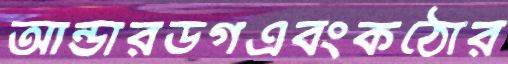
আন্ডারডগএবংকঠোর